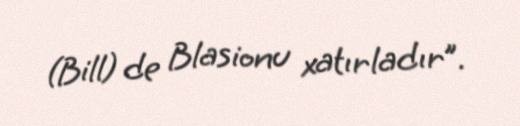
(Bill) de Blasionu xatırladır”.